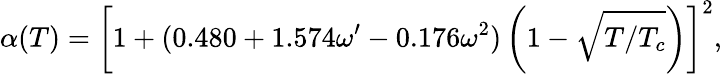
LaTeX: \alpha(T)=\left[1+(0.480+1.574\omega^{\prime}-0.176\omega^{2})\left(1-\sqrt{T/T_{c}}\right)\right]^{2},